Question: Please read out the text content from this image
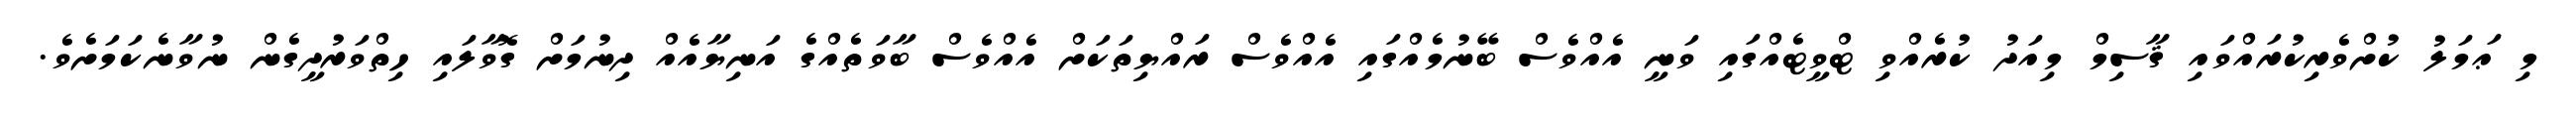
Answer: މި ޢަމަލު ކުށްވެރިކުރައްވައި ޤާސިމް މިއަދު ކުރެއްވި ޓްވީޓެއްގައި ވަނީ އެއްވެސް ބޭނުމެއްގައި އެއްވެސް ރައްޔިތަކަށް އެއްވެސް ބާވަތެއްގެ އަނިޔާއެއް ދިނުމަށް ގޮވާލައި ހިތްވަރުދީގެން ނުވާނެކަމަށެވެ.